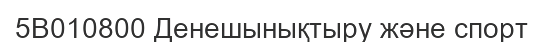
5В010800 Денешынықтыру және спорт